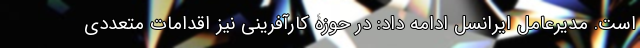
است. مدیرعامل ایرانسل ادامه داد: در حوزۀ کارآفرینی نیز اقدامات متعددی